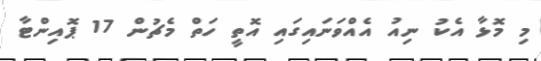
މި މޮޅާ އެކު ނިއު އެއްވަނައިގައި އޮތީ ހަތް މެޗުން 17 ޕޮއިންޓާ